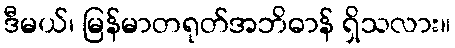
ဒီမယ်၊ မြန်မာတရုတ်အဘိဓာန် ရှိသလား။